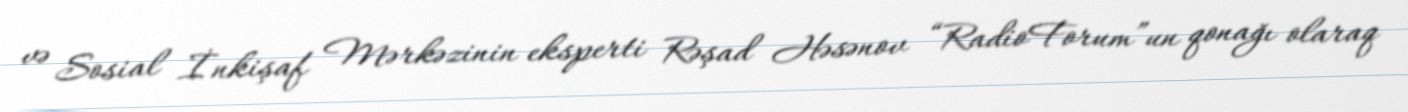
və Sosial İnkişaf Mərkəzinin eksperti Rəşad Həsənov “RadioForum”un qonağı olaraq